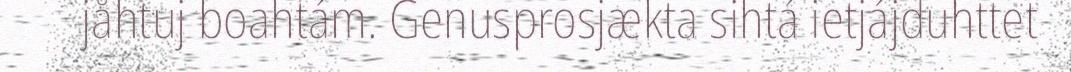
jåhtuj boahtám. Genusprosjækta sihtá ietjájduhttet